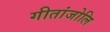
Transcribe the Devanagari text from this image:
गीतांजोलि